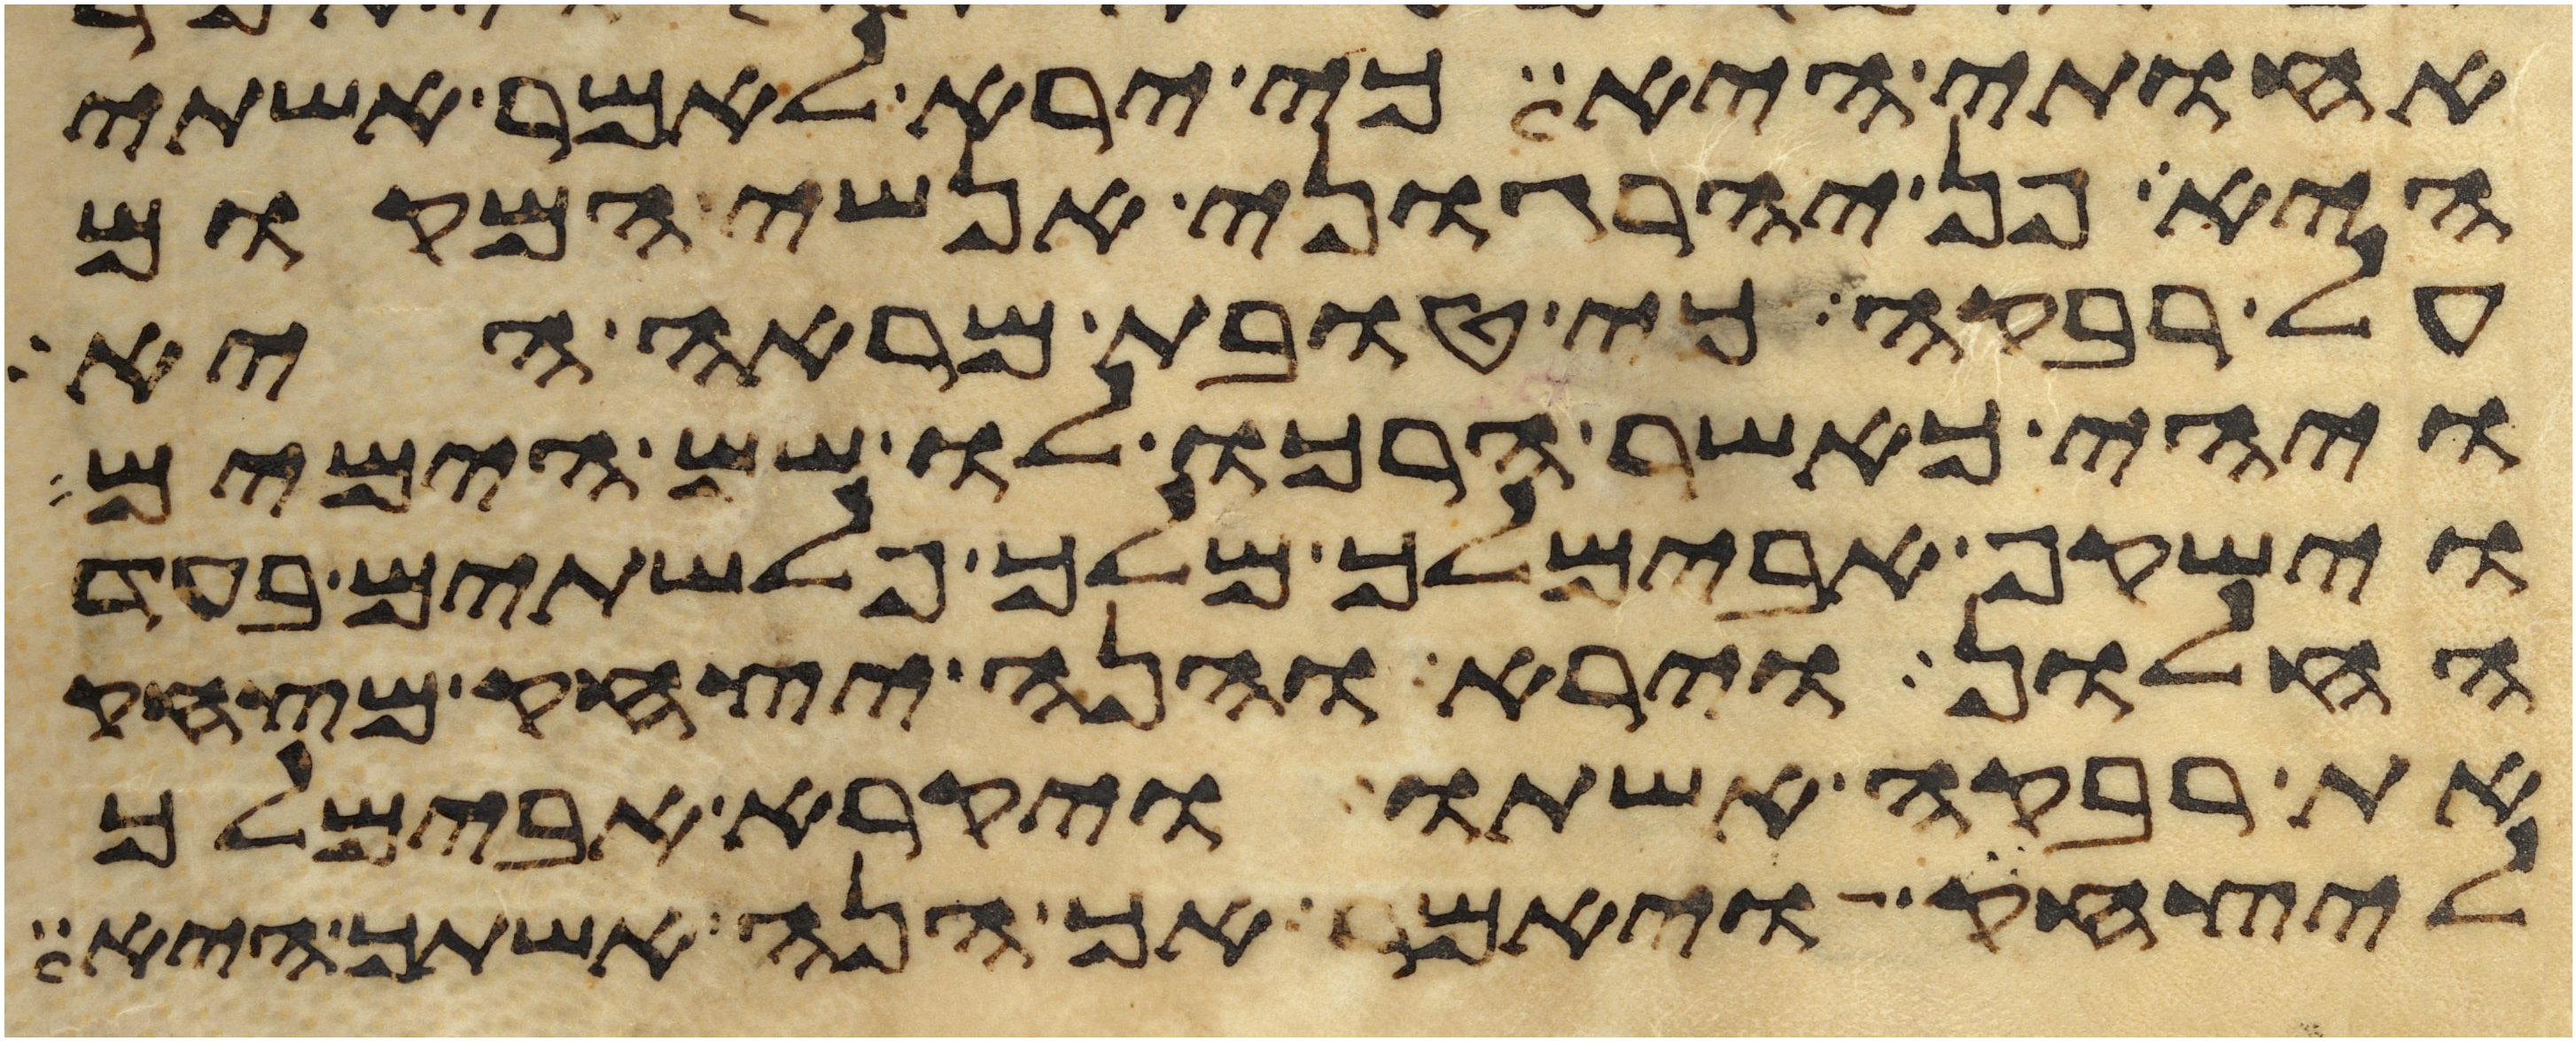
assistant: אחותי היא כי ירא לאמר אשתי
היא פן יהרגוני אנשי המקום
על רבקה כי טובת מראה היא
ויהי כאשר הרכו לו שם הימים
וישקף אבימלך מלך פלשתים בעד
החלון וירא והנה יצחק מצחק
את רבקה אשתו ויקרא אבימלך
ליצחק ויאמר אך הנה אשתך היא